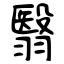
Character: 翳